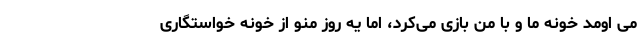
می اومد خونه ما و با من بازی می‌کرد، اما یه روز منو از خونه خواستگاری